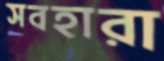
সবহারা